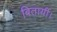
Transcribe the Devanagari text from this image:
बितायीं।